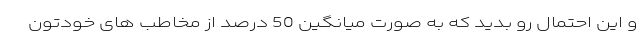
و این احتمال رو بدید که به صورت میانگین 50 درصد از مخاطب های خودتون